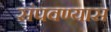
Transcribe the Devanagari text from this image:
संपवण्यास